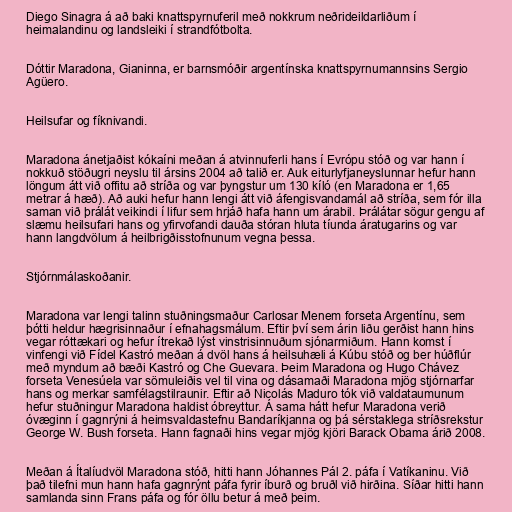
Diego Sinagra á að baki knattspyrnuferil með nokkrum neðrideildarliðum í
heimalandinu og landsleiki í strandfótbolta.

Dóttir Maradona, Gianinna, er barnsmóðir argentínska knattspyrnumannsins Sergio
Agüero.

Heilsufar og fíknivandi.

Maradona ánetjaðist kókaíni meðan á atvinnuferli hans í Evrópu stóð og var hann í
nokkuð stöðugri neyslu til ársins 2004 að talið er. Auk eiturlyfjaneyslunnar hefur hann
löngum átt við offitu að stríða og var þyngstur um 130 kíló (en Maradona er 1,65
metrar á hæð). Að auki hefur hann lengi átt við áfengisvandamál að stríða, sem fór illa
saman við þrálát veikindi í lifur sem hrjáð hafa hann um árabil. Þrálátar sögur gengu af
slæmu heilsufari hans og yfirvofandi dauða stóran hluta tíunda áratugarins og var
hann langdvölum á heilbrigðisstofnunum vegna þessa.

Stjórnmálaskoðanir.

Maradona var lengi talinn stuðningsmaður Carlosar Menem forseta Argentínu, sem
þótti heldur hægrisinnaður í efnahagsmálum. Eftir því sem árin liðu gerðist hann hins
vegar róttækari og hefur ítrekað lýst vinstrisinnuðum sjónarmiðum. Hann komst í
vinfengi við Fídel Kastró meðan á dvöl hans á heilsuhæli á Kúbu stóð og ber húðflúr
með myndum að bæði Kastró og Che Guevara. Þeim Maradona og Hugo Chávez
forseta Venesúela var sömuleiðis vel til vina og dásamaði Maradona mjög stjórnarfar
hans og merkar samfélagstilraunir. Eftir að Nicolás Maduro tók við valdataumunum
hefur stuðningur Maradona haldist óbreyttur. Á sama hátt hefur Maradona verið
óvæginn í gagnrýni á heimsvaldastefnu Bandaríkjanna og þá sérstaklega stríðsrekstur
George W. Bush forseta. Hann fagnaði hins vegar mjög kjöri Barack Obama árið 2008.

Meðan á Ítalíudvöl Maradona stóð, hitti hann Jóhannes Pál 2. páfa í Vatíkaninu. Við
það tilefni mun hann hafa gagnrýnt páfa fyrir íburð og bruðl við hirðina. Síðar hitti hann
samlanda sinn Frans páfa og fór öllu betur á með þeim.